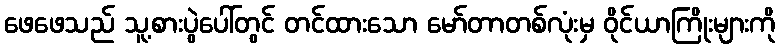
ဖေဖေသည် သူ့စားပွဲပေါ်တွင် တင်ထားသော မော်တာတစ်လုံးမှ ဝိုင်ယာကြိုးများကို